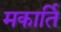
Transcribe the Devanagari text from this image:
मकार्ति